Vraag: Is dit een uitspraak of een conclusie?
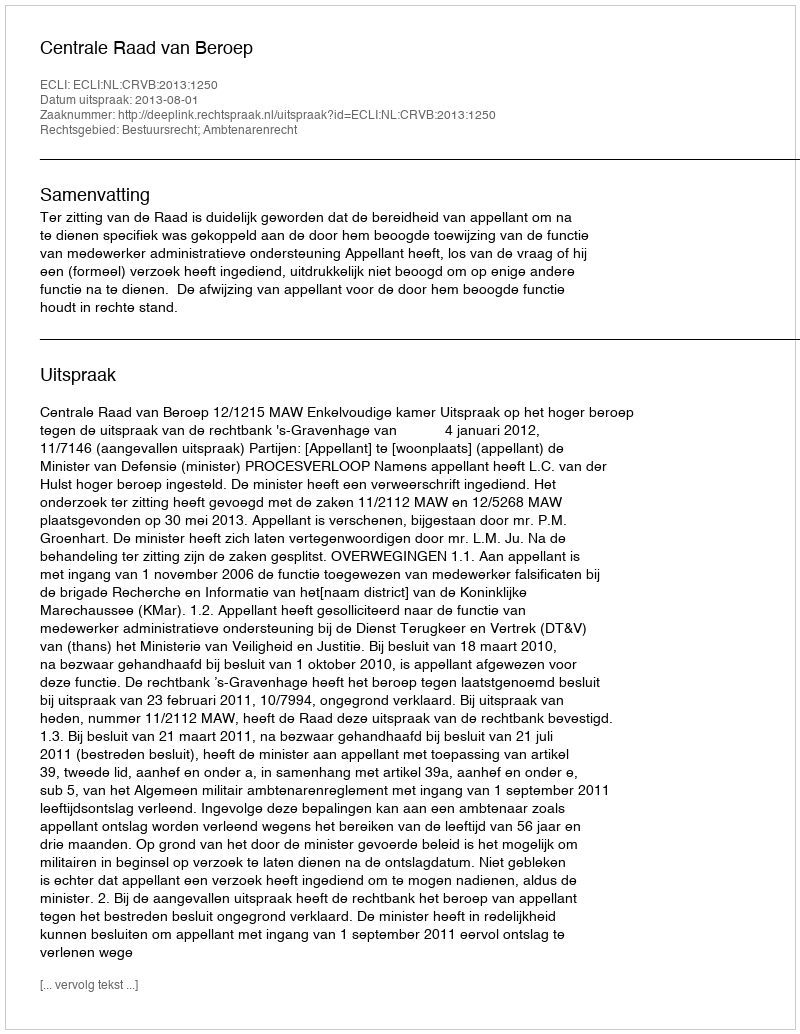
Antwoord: Uitspraak